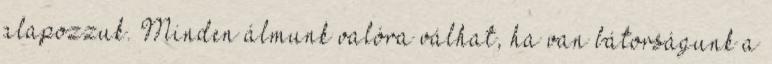
alapozzuk. Minden álmunk valóra válhat, ha van bátorságunk a